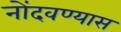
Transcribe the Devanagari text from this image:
नोंदवण्यास